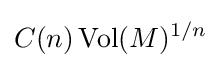
C(n)\operatorname {Vol} (M)^{1/n}